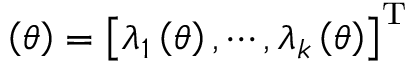
{ \bf \Lambda } \left( \theta \right) = \left[ \lambda _ { 1 } \left( \theta \right) , \cdots , \lambda _ { k } \left( \theta \right) \right] ^ { \mathrm { T } }